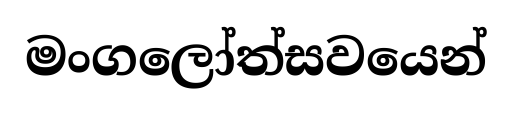
මංගලෝත්සවයෙන්